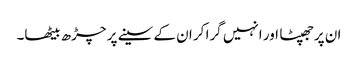
ان پرجھپٹا اور انہیں گرا کر ان کے سینے پر چڑھ بیٹھا۔